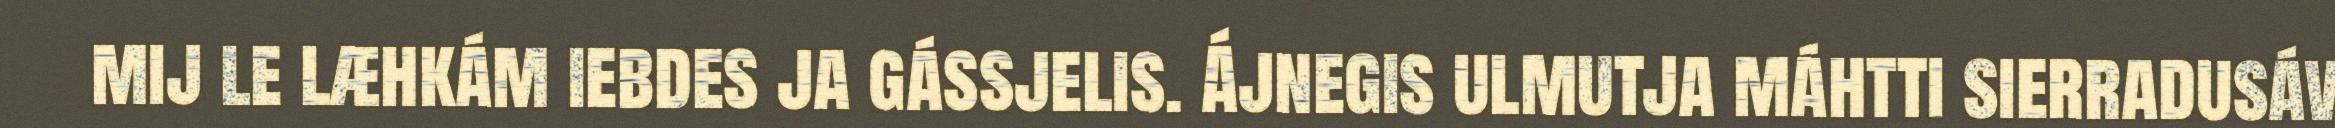
mij le læhkám iebdes ja gássjelis. Ájnegis ulmutja máhtti sierradusáv